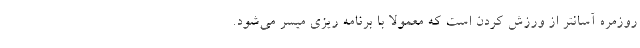
روزمره آسانتر از ورزش کردن است که معمولا با برنامه ریزی میسر می‌شود.